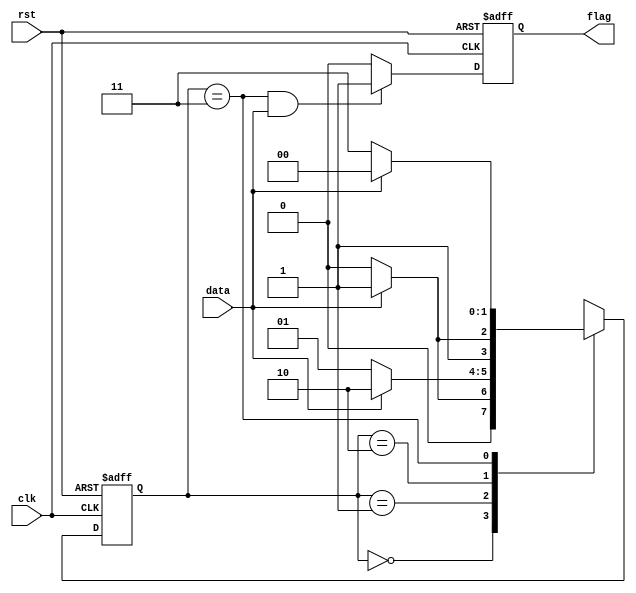
`timescale 1ns/1ns

module fsm1(
	input wire clk  ,
	input wire rst  ,
	input wire data ,
	output reg flag
);
//*************code***********//
reg[1:0] state, next_state;

always @(posedge clk or negedge rst) begin
    if(!rst) state <= 0;
    else state <= next_state;
end

always @(*) begin
    case(state)
    0: next_state <= (data)? 1 : 0;
    1: next_state <= (data)? 2 : 1;
    2: next_state <= (data)? 3 : 2;
    3: next_state <= (data)? 0 : 3;
    endcase
end

always @(posedge clk or negedge rst) begin
    if (!rst) flag <= 0;
    else if ((state == 3) && (data)) flag <= 1;
    else flag <= 0;
end

//*************code***********//
endmodule